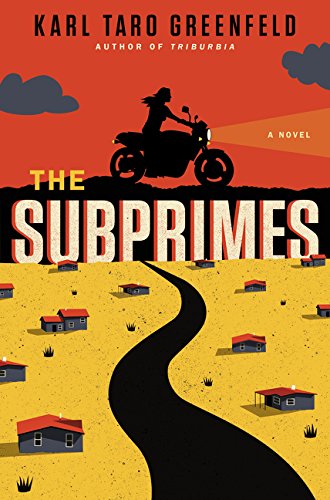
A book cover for The Subprimes: A Novel; Karl Taro Greenfeld; Literature & Fiction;